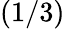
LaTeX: (1/3)